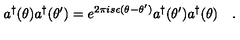
a ^ { \dagger } ( \theta ) a ^ { \dagger } ( \theta ^ { \prime } ) = e ^ { 2 \pi i s \epsilon ( \theta - \theta ^ { \prime } ) } a ^ { \dagger } ( \theta ^ { \prime } ) a ^ { \dagger } ( \theta ) \quad .